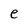
Character: e